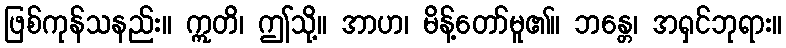
ဖြစ်ကုန်သနည်း။ ဣတိ၊ ဤသို့။ အာဟ၊ မိန့်တော်မူ၏။ ဘန္တေ၊ အရှင်ဘုရား။